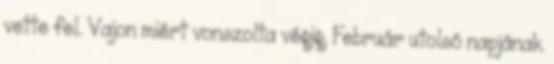
vette fel. Vajon miért vonszolta végig. Február utolsó napjának